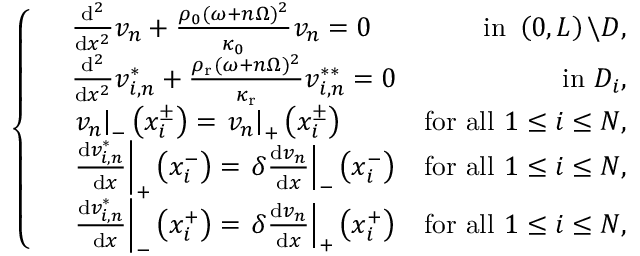
\left\{ \begin{array} { r l r } & { \frac { \mathrm { d } ^ { 2 } } { \mathrm { d } x ^ { 2 } } v _ { n } + \frac { \rho _ { 0 } ( \omega + n \Omega ) ^ { 2 } } { \kappa _ { 0 } } v _ { n } = 0 } & { \mathrm { ~ i n ~ } \left( 0 , L \right) \backslash D , } \\ & { \frac { \mathrm { d } ^ { 2 } } { \mathrm { d } x ^ { 2 } } v _ { i , n } ^ { * } + \frac { \rho _ { \mathrm { r } } ( \omega + n \Omega ) ^ { 2 } } { \kappa _ { \mathrm { r } } } v _ { i , n } ^ { * * } = 0 } & { \mathrm { i n ~ } D _ { i } , } \\ & { \left. v _ { n } \right| _ { - } \left( x _ { i } ^ { \pm } \right) = \left. v _ { n } \right| _ { + } \left( x _ { i } ^ { \pm } \right) } & { \mathrm { f o r ~ a l l ~ } 1 \leq i \leq N , } \\ & { \left. \frac { \mathrm { d } v _ { i , n } ^ { * } } { \mathrm { ~ d } x } \right| _ { + } \left( x _ { i } ^ { - } \right) = \left. \delta \frac { \mathrm { d } v _ { n } } { \mathrm { d } x } \right| _ { - } \left( x _ { i } ^ { - } \right) } & { \mathrm { f o r ~ a l l ~ } 1 \leq i \leq N , } \\ & { \left. \frac { \mathrm { d } v _ { i , n } ^ { * } } { \mathrm { ~ d } x } \right| _ { - } \left( x _ { i } ^ { + } \right) = \left. \delta \frac { \mathrm { d } v _ { n } } { \mathrm { d } x } \right| _ { + } \left( x _ { i } ^ { + } \right) } & { \mathrm { f o r ~ a l l ~ } 1 \leq i \leq N , } \end{array} \right.